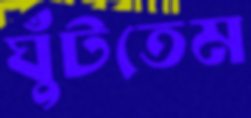
ঘুঁটতেম